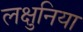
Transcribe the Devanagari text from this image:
लक्षुनिया